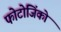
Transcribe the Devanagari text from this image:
फोटोजिंको